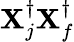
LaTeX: \mathbf{X}_{j}^{\dagger}\mathbf{X}_{f}^{\dagger}